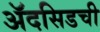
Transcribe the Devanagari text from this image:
ॲदसिडची